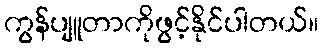
ကွန်ပျူတာကိုဖွင့်နိုင်ပါတယ်။